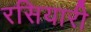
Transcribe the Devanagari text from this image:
रसियारी